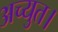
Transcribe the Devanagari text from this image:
अच्युत।